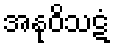
အနုဝိသဋံ